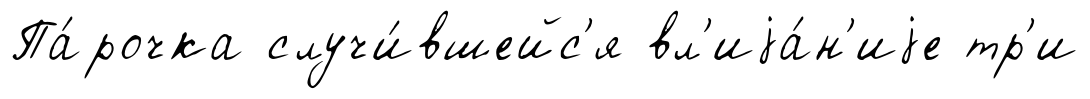
Па́рочка случи́вшейс'я вл'иjа́н'иjе тр'и